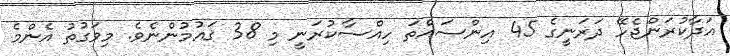
އަދާކުރަންޖެހޭ ދަރަނީގެ 45 އިންސައްތަ ހިއްސާކުރަނީ މި 38 ޤައުމުންނެވެ. މިވަގުތު އެންމެ